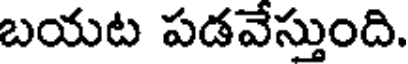
బయట పడవేస్తుంది.